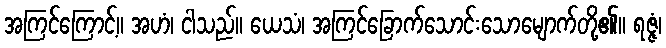
အကြင်ကြောင့်။ အဟံ၊ ငါသည်။ ယေသံ၊ အကြင်ခြောက်သောင်းသောမျောက်တို့၏။ ရဇ္ဇံ၊